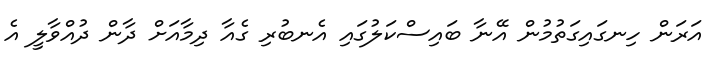
އަރަން ހިނގައިގަތުމުން އޭނާ ބައިސްކަލުގައި އެނބުރި ގެއާ ދިމާއަށް ދާން ދުއްވާލީ އެ